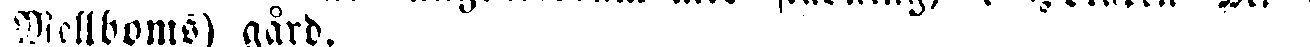
Mellboms) gård.